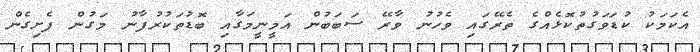
އެކަމަކު ކުޑަވަގުތުކޮޅެއްގެ ތެރޭގައި ވެހުނު ވާރޭ ސަބަބުން އަމީނީމަގާއި ބޮޑުތަކުރުފާނު މަގުން ފެށިގެން